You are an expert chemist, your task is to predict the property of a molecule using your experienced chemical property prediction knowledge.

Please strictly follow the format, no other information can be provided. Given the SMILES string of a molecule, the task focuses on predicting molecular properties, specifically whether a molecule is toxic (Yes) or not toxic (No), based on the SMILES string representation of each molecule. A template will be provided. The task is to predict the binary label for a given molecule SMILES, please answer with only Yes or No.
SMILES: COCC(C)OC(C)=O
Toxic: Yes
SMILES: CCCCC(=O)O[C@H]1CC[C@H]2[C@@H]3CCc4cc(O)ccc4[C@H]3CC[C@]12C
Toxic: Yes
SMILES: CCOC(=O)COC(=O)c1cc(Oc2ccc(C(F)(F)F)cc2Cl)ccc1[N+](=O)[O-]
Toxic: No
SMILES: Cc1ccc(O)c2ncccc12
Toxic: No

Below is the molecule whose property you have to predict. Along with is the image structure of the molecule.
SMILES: COC(=O)CCc1ccc(OCC(O)CNC(C)C)cc1
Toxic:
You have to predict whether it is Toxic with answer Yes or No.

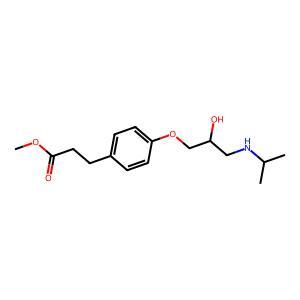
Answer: No